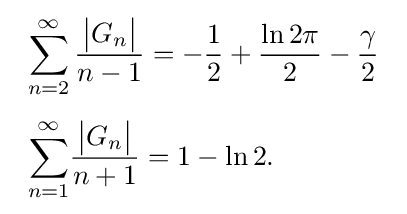
{\begin{array}{l}\displaystyle \sum _{n=2}^{\infty }{\frac {{\big |}G_{n}{\big |}}{n-1}}=-{\frac {1}{2}}+{\frac {\ln 2\pi }{2}}-{\frac {\gamma }{2}}\\[6mm]\displaystyle \displaystyle \sum _{n=1}^{\infty }\!{\frac {{\big |}G_{n}{\big |}}{n+1}}=1-\ln 2.\end{array}}